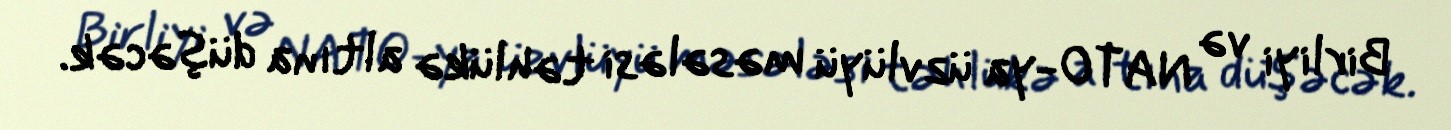
Birliyi və NATO-ya üzvlüyü məsələsi təhlükə altına düşəcək.